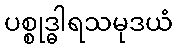
ပစ္စုဒ္ဓါရသမုဒယံ